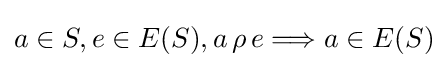
a\in S,e\in E(S),a\,\rho \,e\Longrightarrow a\in E(S)